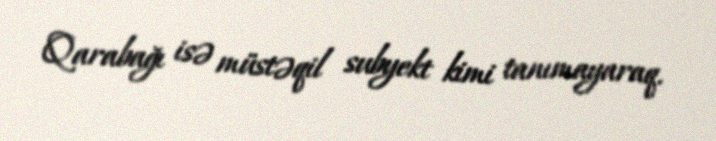
Qarabağı isə müstəqil subyekt kimi tanımayaraq.